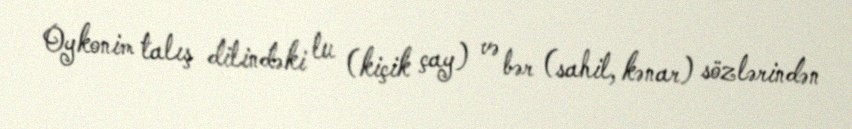
Oykonim talış dilindəki lu (kiçik çay) və bər (sahil, kənar) sözlərindən